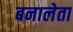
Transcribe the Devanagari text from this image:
बनालेता